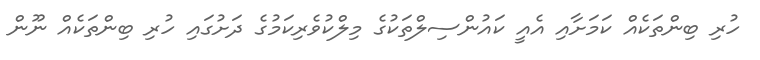
ހުރި ބިންތަކެއް ކަމަށާއި އެއީ ކައުންސިލްތަކުގެ މިލްކުވެރިކަމުގެ ދަށުގައި ހުރި ބިންތަކެއް ނޫން